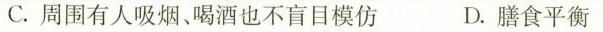
C.周围有人吸烟、喝酒也不盲目模仿 D.膳食平衡